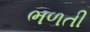
ભળતી